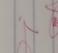
Signature authenticity: genuine